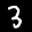
Label: 3